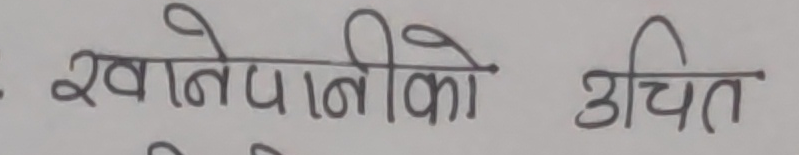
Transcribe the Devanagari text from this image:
खानेपानीको उचित